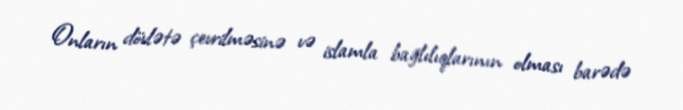
Onların dövlətə çevrilməsinə və islamla bağlılıqlarının olması barədə